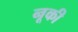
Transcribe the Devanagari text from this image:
नूकी